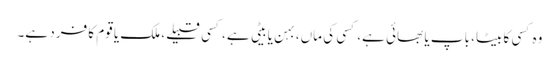
وہ کسی کا بیٹا، باپ یا بھائی ہے، کسی کی ماں، بہن یا بیٹی ہے، کسی قبیلے، ملک یا قوم کا فرد ہے۔